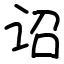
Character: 诏